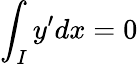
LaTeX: \int_{I}y^{\prime}dx=0